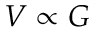
V \propto G